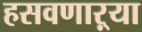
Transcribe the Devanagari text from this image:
हसवणाऱ्या